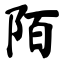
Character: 陌